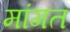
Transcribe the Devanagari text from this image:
मांगत